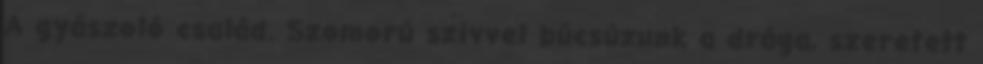
A gyászoló család. Szomorú szívvel búcsúzunk a drága, szeretett